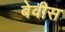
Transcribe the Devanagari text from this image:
बेवीस